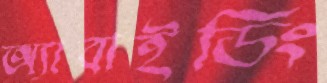
অ্যাবাইডিং